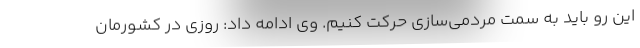
این رو باید به سمت مردمی‌سازی حرکت کنیم. وی ادامه داد: روزی در کشورمان